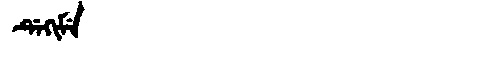
Manchu: ᡩᡝᡴᡳᠮᡝ
Romanization: DEKIME